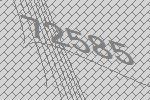
72585